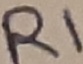
Text: R1